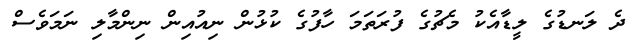
ދެ ލަނޑުގެ ލީޑާއެކު މެޗުގެ ފުރަތަމަ ހާފުގެ ކުޅުން ނިއުއިން ނިންމާލި ނަމަވެސް